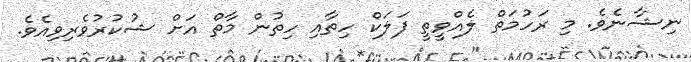
ނިޝާނެވެ. މި ރަހުމަތް ލެއްވީތީ ފަލަކް ހިތާއި ހިތުން މާތް އަށް ޝުކުރުވެރިވިއެވެ.